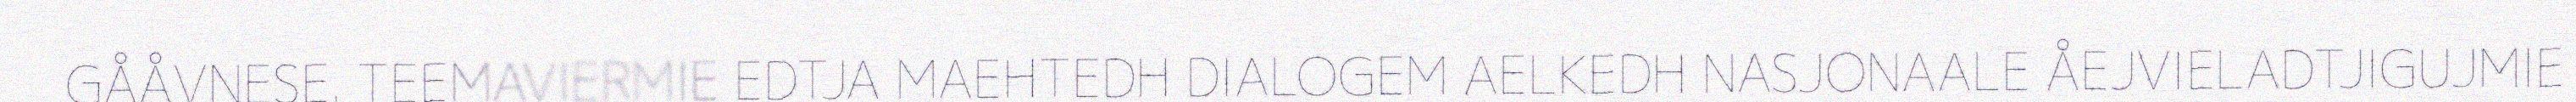
GÅÅVNESE. TEEMAVIERMIE EDTJA MAEHTEDH DIALOGEM AELKEDH NASJONAALE ÅEJVIELADTJIGUJMIE